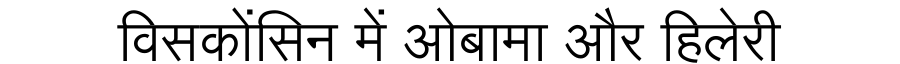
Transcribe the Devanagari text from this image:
विसकोंसिन में ओबामा और हिलेरी